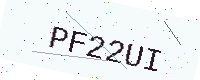
Text: PF22UI